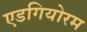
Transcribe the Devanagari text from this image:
एडगियोरम